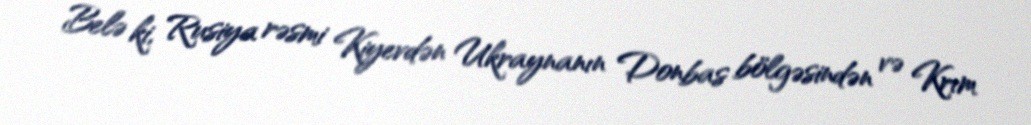
Belə ki, Rusiya rəsmi Kiyevdən Ukraynanın Donbas bölgəsindən və Krım